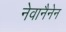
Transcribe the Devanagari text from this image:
नेवानैनेन